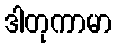
ဒါတုကာမာ